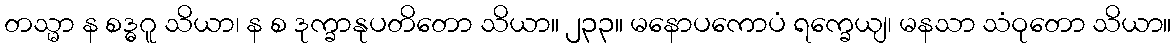
တသ္မာ န စဒ္ဓဂူ သိယာ၊ န စ ဒုက္ခာနုပတိတော သိယာ။ ၂၃၃။ မနောပကောပံ ရက္ခေယျ၊ မနသာ သံဝုတော သိယာ။